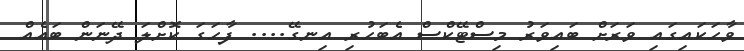
ވާހަކައިގައި ވަރަށް ބައިވަރު މިސްޓޭކްސް އެބަހުރި އިނގޭ.... ފާހަގަ ކޮށްލަ ދޭނަން ބައެއް